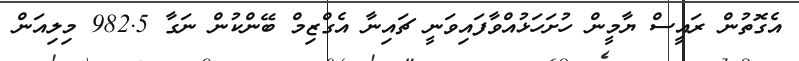
އެގޮތުން ރައީސް ޔާމީން ހުށަހަޅުއްވާފައިވަނީ ޗައިނާ އެގްޒިމް ބޭންކުން ނަގާ 982.5 މިލިއަން